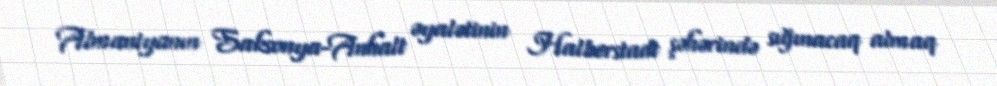
Almaniyanın Saksonya-Anhalt əyalətinin Halberstadt şəhərində sığınacaq almaq